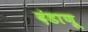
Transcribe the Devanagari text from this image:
दंडाणू